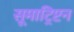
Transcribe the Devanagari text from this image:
सूमाट्रिप्टन